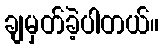
ချမှတ်ခဲ့ပါတယ်။